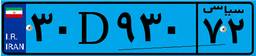
۷۳D۰۸۲۵۵